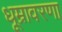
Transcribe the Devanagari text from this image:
धूम्रावरणा